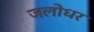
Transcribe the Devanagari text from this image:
जलोधर